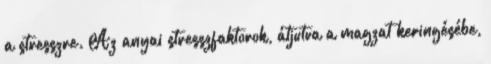
a stresszre. Az anyai stresszfaktorok, átjutva a magzat keringésébe,